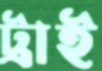
ট্রাই